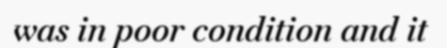
was in poor condition and it